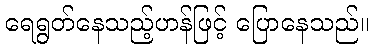
ရေရွတ်နေသည့်ဟန်ဖြင့် ပြောနေသည်။